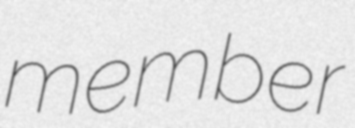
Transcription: member